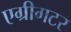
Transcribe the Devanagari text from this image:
एग्रीगटर